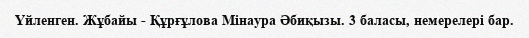
Үйленген. Жұбайы - Құрғұлова Мінаура Әбиқызы. 3 баласы, немерелері бар.